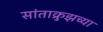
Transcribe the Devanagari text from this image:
सांताक्रुझच्या